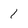
Character: 1